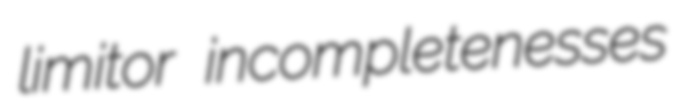
limitor incompletenesses